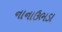
નાનાઉભડા